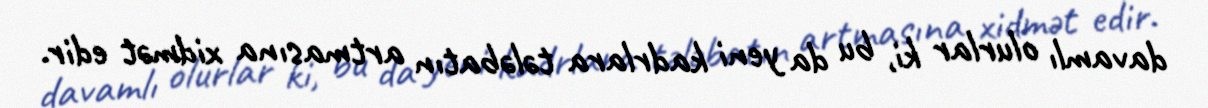
davamlı olurlar ki, bu da yeni kadrlara tələbatın artmasına xidmət edir.